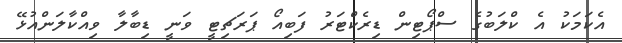
އެކަމަކު އެ ކްލަބުގެ ސްޕޯޓިން ޑިރެކްޓަރު ފަބިއޯ ޕަރަޗިޓީ ވަނީ ޑިބާލާ ވިއްކާލަންއުޅޭ